Report of the veterinary officer investigating camel disease
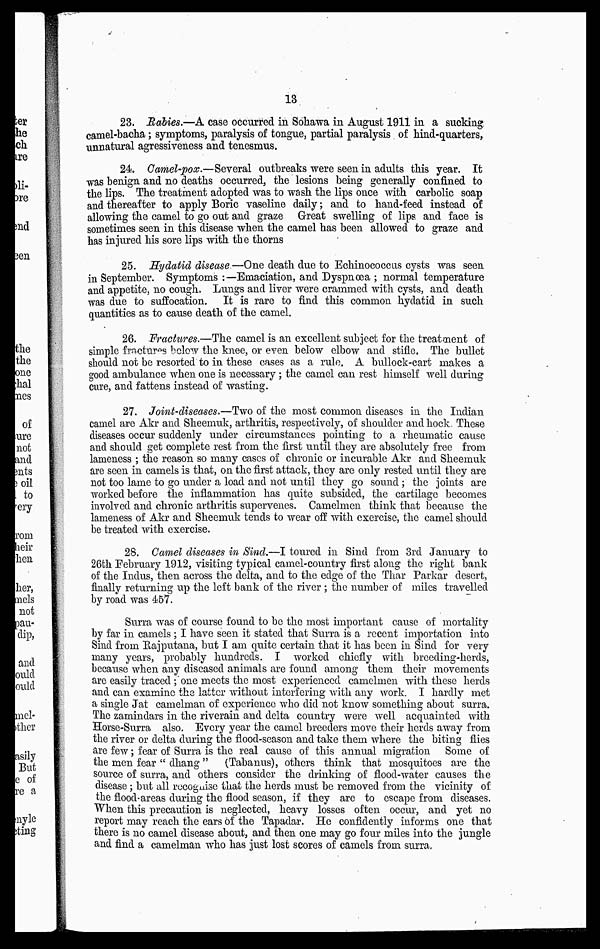
13
23. Babies.—A case occurred in Sohawa in August 1911 in a sucking
camel-bacha; symptoms, paralysis of tongue, partial paralysis of hind-quarters,
unnatural agressiveness and tenesmus.
24 Camel-pose.—Several outbreaks were seen in adults this year. It
was benign and no deaths occurred, the lesions being generally confined to
the lips. The treatment adopted was to wash the lips once with carbolic soap
and thereafter to apply Boric vaseline daily; and to hand-feed instead of
allowing the camel to go out and graze Great swelling of lips and face is
sometimes seen in this disease when the camel has been allowed to graze and
has injured his sore lips with the thorns
25. Hydatid disease —One death due to Echinococcus cysts was seen
in September. Symptoms :—Emaciation, and Dyspnoea ; normal temperature
and appetite, no cough. Lungs and liver were crammed with cysts, and death
was due to suffocation. It is rare to find this common hydatid in such
quantities as to cause death of the camel.
26. Fracfoires.—The camel is an excellent subject for the treatment of
simple fractures below the knee, or even below elbow and stifle. The bullet
should not be resorted to in these cases as a rule. A bullock-cart makes a
good ambulance when one is necessary; the camel can rest himself well during
cure, and fattens instead of wasting.
27. Joint-diseases.—Two of the most common diseases in the Indian
camel are Akr and Sheemuk, arthritis, respectively, of shoulder and hock These
diseases occur suddenly under circumstances pointing to a rheumatic cause
and should get complete rest from the first until they are absolutely free from
lameness ; the reason so many cases of chronic or incurable Akr and Sheemuk
are seen in camels is that, on the first attack, they are only rested until they are
not too lame to go under a load and not until they go sound; the joints are
worked before the inflammation has quite subsided, the cartilage becomes
involved and chronic arthritis supervenes. Camelmen think that because the
lameness of Akr and Sheemuk tends to wear off with exercise, the camel should
be treated with exercise.
28. Camel diseases in Sind.—I toured in Sind from 3rd January to
26th February 1912, visiting typical camel-country first along the right bank
of the Indus, then across the delta, and to the edge of the Thar Parkar desert,
finally returning up the left bank of the river ; the number of miles travelled
by road was 457.
Surra was of course found to bo the most important cause of mortality
by far in camels; I have seen it stated that Surra is a recent importation into
Sind from Hajputana, but I am quite certain that it has been in Sind for very
many years, probably hundreds. I worked chiefly with breeding-herds,
because when any diseased animals are found among them their movements
are easily traced ; one meets the most experienced camelmen with these herds
and can examine the latter without interfering with any work. I hardly met
a single Jat camelman of experience who did not know something about surra.
The zamindars in the riverain and delta country were well acquainted with
Horse-Surra also. Every year the camel breeders move their herds away from
the river or delta during the flood-season and take them where the biting flies
are few; fear of Surra is the real cause of this annual migration Some of
the men fear " dhang" (Tabanus), others think that mosquitoes are the
source of surra, and others consider the drinking of flood-water causes the
disease; but all recognise that the herds must be removed from the vicinity of
the flood areas during the flood season, if they are to escape from diseases.
When this precaution is neglected, heavy losses often occur, and yet no
report may reach the ears of the Tapadar. He confidently informs one that
there is no camel disease about, and then one may go four miles into the jungle
and find a camelman who has just lost scores of camels from surra.